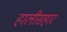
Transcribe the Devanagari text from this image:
हालीसहार